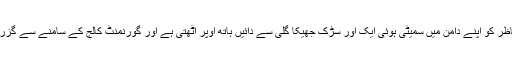
دوسری جانب سنی بینک سے آگے کلڈنہ روڈ کے سر سبزو شاداب مناظر کو اپنے دامن میں سمیٹی ہوئی ایک اور سڑک جھیکا گلی سے دائیں ہاتھ اوپر اٹھتی ہے اور گورنمنٹ کالج کے سامنے سے گزر کر کشمیر پوائنٹ کو چھوتی ہوئی مال روڈ سے بغل گیر ہوجاتی ہے۔